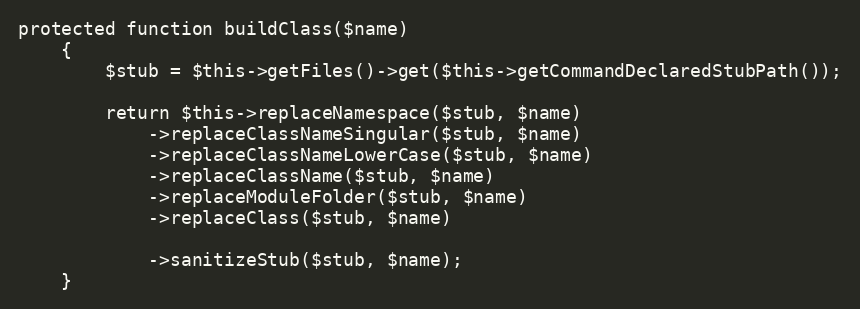
Language: PHP
protected function buildClass($name)
    {
        $stub = $this->getFiles()->get($this->getCommandDeclaredStubPath());

        return $this->replaceNamespace($stub, $name)
            ->replaceClassNameSingular($stub, $name)
            ->replaceClassNameLowerCase($stub, $name)
            ->replaceClassName($stub, $name)
            ->replaceModuleFolder($stub, $name)
            ->replaceClass($stub, $name)

            ->sanitizeStub($stub, $name);
    }